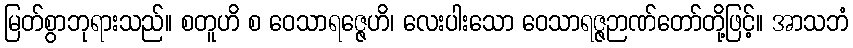
မြတ်စွာဘုရားသည်။ စတူဟိ စ ဝေသာရဇ္ဇေဟိ၊ လေးပါးသော ဝေသာရဇ္ဇဉာဏ်တော်တို့ဖြင့်။ အာသဘံ